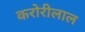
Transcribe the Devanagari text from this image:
करोरीलाल